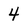
Character: 4